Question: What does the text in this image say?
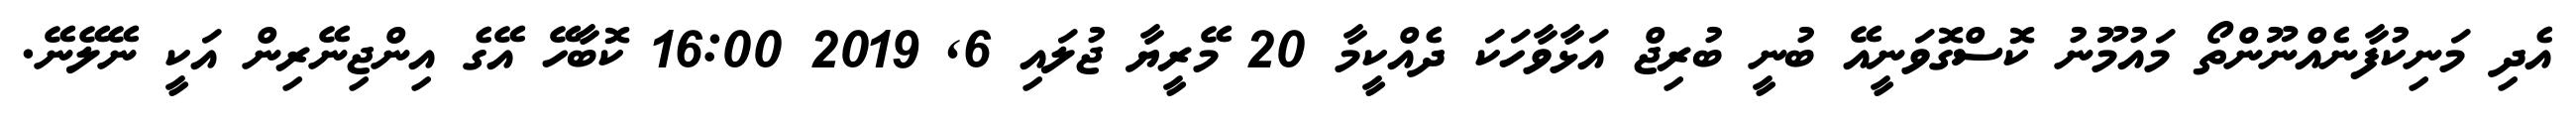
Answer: އެދި މަނިކުފާނެއްނޫންތޯ މައުމޫނު ކޮސްގޮވަނީއޭ ބުނީ ބުރިޖް އަޅާވާހަކަ ދެއްކީމާ 20 މޭރީޔާ ޖުލައި 6, 2019 16:00 ކޮބާހޭ އޭގެ އިންޖިނޭރިން އަކީ ނޭލޭނޭ.